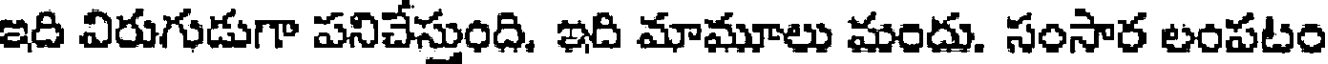
ఇది విరుగుడుగా పనిచేస్తుంది. ఇది మామూలు మందు. సంసార లంపటం